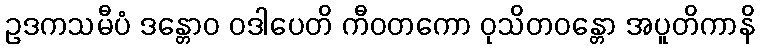
ဥဒကသမီပံ ဒန္တောဝ ဝဒါပေတိ ကီဝတကော ဝုသိတဝန္တော အပူတိကာနိ